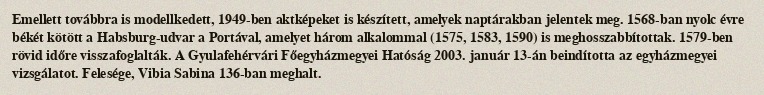
Emellett továbbra is modellkedett, 1949-ben aktképeket is készített, amelyek naptárakban jelentek meg. 1568-ban nyolc évre békét kötött a Habsburg-udvar a Portával, amelyet három alkalommal (1575, 1583, 1590) is meghosszabbítottak. 1579-ben rövid időre visszafoglalták. A Gyulafehérvári Főegyházmegyei Hatóság 2003. január 13-án beindította az egyházmegyei vizsgálatot. Felesége, Vibia Sabina 136-ban meghalt.